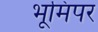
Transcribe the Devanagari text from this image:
भूमिपर